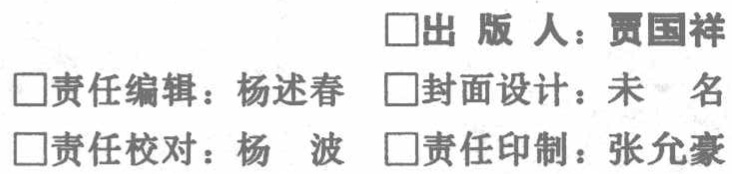
\begin{itemize}

\item 出版人：贾国祥

\item 责任编辑：杨述春

\item 封面设计：未 名

\item 责任校对：杨 波

\item 责任印制：张允豪

\end{itemize}